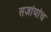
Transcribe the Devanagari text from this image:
सज्ञांयांच